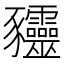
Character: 𰶰